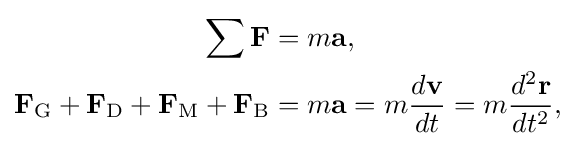
{\begin{aligned}\sum \mathbf {F} &=m\mathbf {a} ,\\\mathbf {F} _{\text{G}}+\mathbf {F} _{\text{D}}+\mathbf {F} _{\text{M}}+\mathbf {F} _{\text{B}}&=m\mathbf {a} =m{\frac {d\mathbf {v} }{dt}}=m{\frac {d^{2}\mathbf {r} }{dt^{2}}},\end{aligned}}